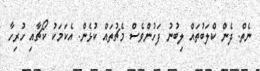
ނެތް. ދެން ކްލަބުތައް ލިބުނު ފަހުންވެސް މެޗުތައް ކުޅެން. އެކަމަކު ކޯޗާއި ހުރިހާ